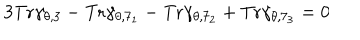
LaTeX: 3 \mathrm { T r } \gamma _ { \theta , 3 } - \mathrm { T r } \gamma _ { \theta , 7 _ { 1 } } - \mathrm { T r } \gamma _ { \theta , 7 _ { 2 } } + \mathrm { T r } \gamma _ { \theta , 7 _ { 3 } } = 0